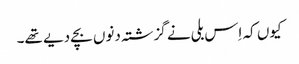
کیوں کہ اِس بلی نے گزشتہ دنوں بچے دیے تھے۔